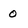
Character: 0